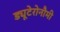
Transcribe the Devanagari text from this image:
ड्यूटेरोनौमी